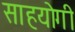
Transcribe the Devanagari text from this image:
साहयोगी